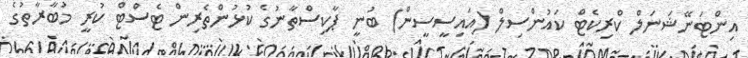
އިންޓަނޭޝަނަލް ކްރިކެޓް ކައުންސިލް (އައިސީސީން) ބުނީ ޕާކިސްތާނުގެ ކުޅުންތެރިން ޓެސްޓް ކުރީ މުބާރާތުގެ